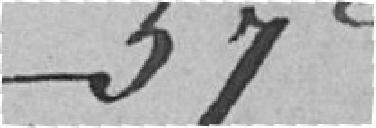
57 c